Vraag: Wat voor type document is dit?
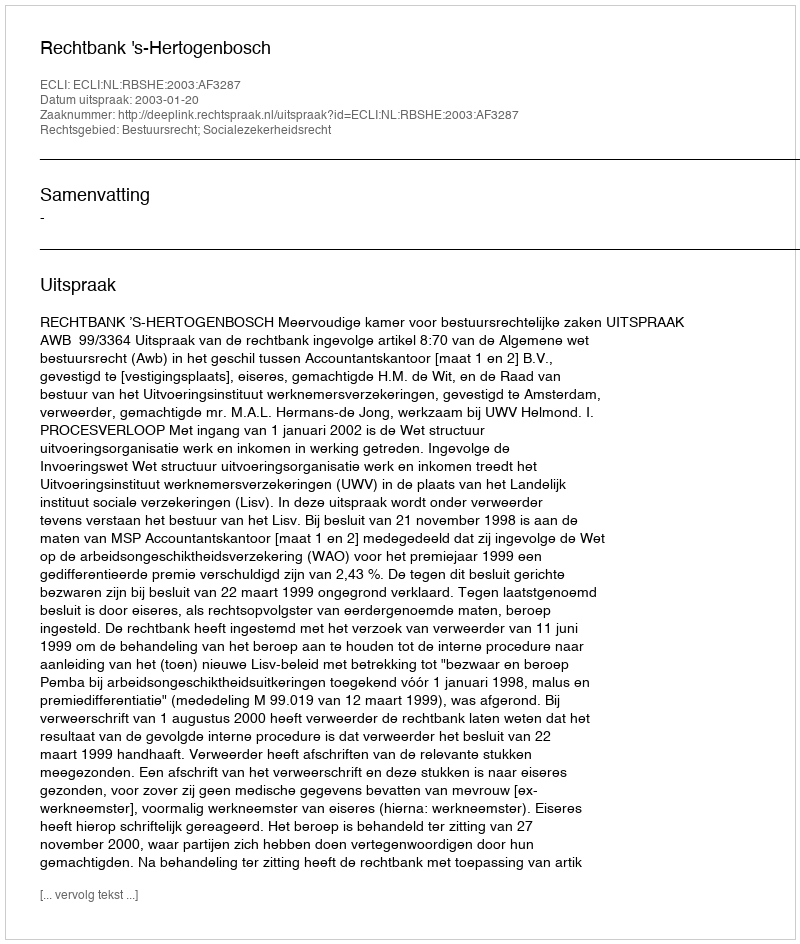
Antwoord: Uitspraak